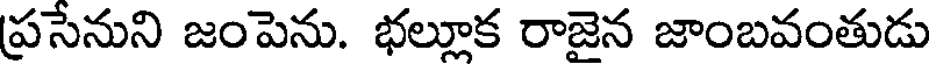
ప్రసేనుని జంపెను. భల్లూక రాజైన జాంబవంతుడు